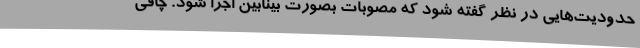
حدودیت‌هایی در نظر گفته شود که مصوبات بصورت بینابین اجرا شود. چاقی